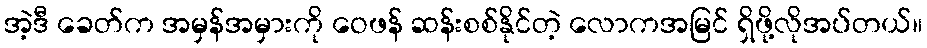
အဲ့ဒီ ခေတ်က အမှန်အမှားကို ဝေဖန် ဆန်းစစ်နိုင်တဲ့ လောကအမြင် ရှိဖို့လိုအပ်တယ်။